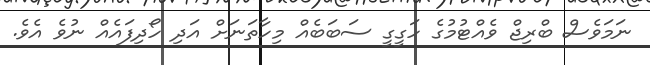
ނަމަވެސް ބްރިޖް ވެއްޓުމުގެ ހަގީގީ ސަބަބެއް މިހާތަނަށް އަދި ހޯދިފައެއް ނުވެ އެވެ.